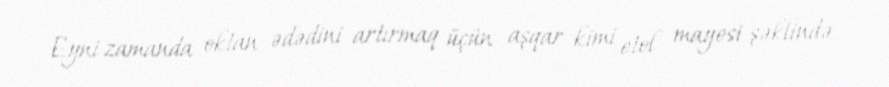
Eyni zamanda oktan ədədini artırmaq üçün aşqar kimi etol mayesi şəklində